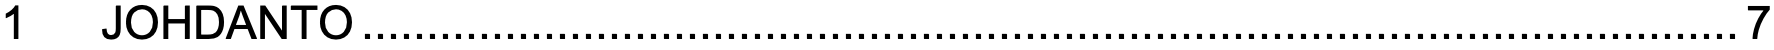
1  JOHDANTO..........................................................................................................7